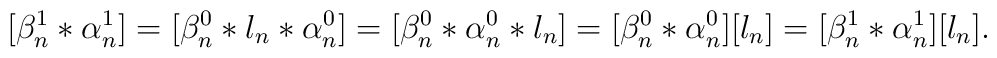
[\beta_n^1*\alpha_n^1]=[\beta^0_n*l_n*\alpha^0_n]=[\beta^0_n*\alpha^0_n*l_n]=[\beta^0_n*\alpha^0_n][l_n]=[\beta_n^1*\alpha_n^1][l_n].